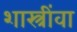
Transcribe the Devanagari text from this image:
शास्त्रींवा